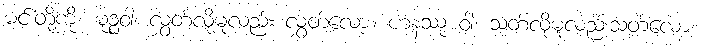
မင်းတို့ကို။ မုဉ္စဝါ၊ လွှတ်လိုမူလည်း လွှတ်လော့။ ဟနဿု ဝါ၊ သတ်လိုမူလည်းသတ်လော့။